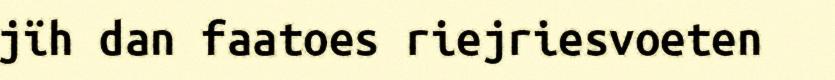
jïh dan faatoes riejriesvoeten